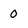
Character: 0